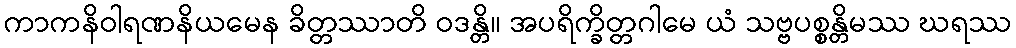
ကာကနိဝါရဏနိယမေန ခိတ္တဿာတိ ဝဒန္တိ။ အပရိက္ခိတ္တဂါမေ ယံ သဗ္ဗပစ္စန္တိမဿ ဃရဿ